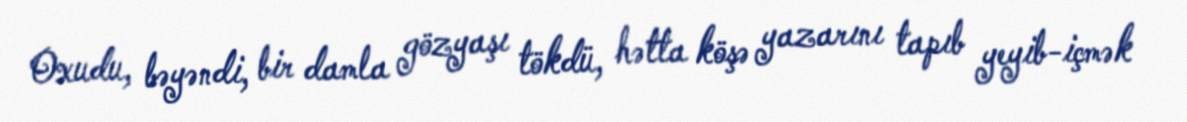
Oxudu, bəyəndi, bir damla gözyaşı tökdü, hətta köşə yazarını tapıb yeyib-içmək